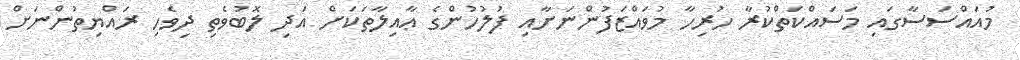
މުއައްސަސާގައި މަސައްކަތްކުރާ ހުރިހާ މުވައްޒަފުންނަށާއި ފުލުހުންގެ ޢާއިލާތަކަށް އަދި ލޮބުވެތި ދިވެހި ރައްޔިތުންނަށް